Vaccination in Bombay 1856-1862 - 1856-1862
Year: 1856
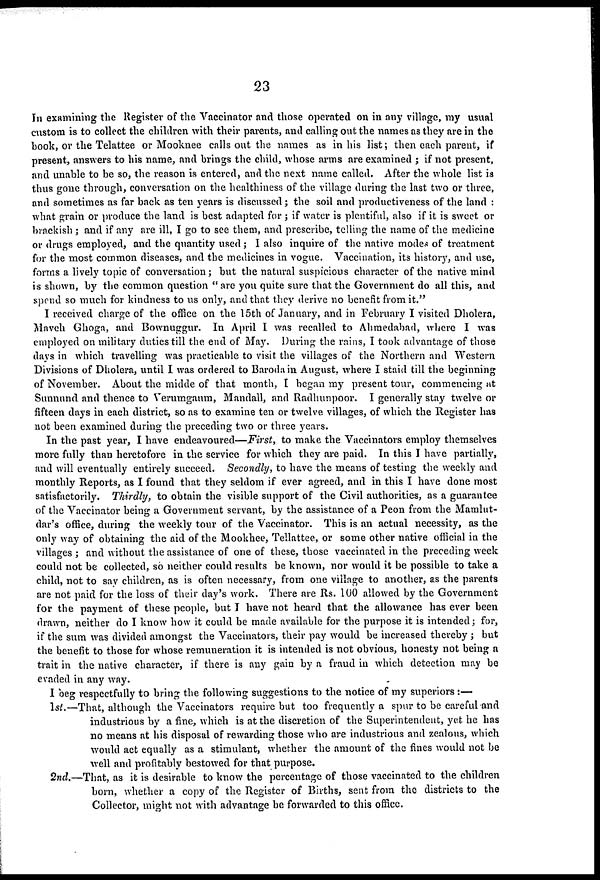
23
In examining the Register of the Vaccinator and those operated on in any village, my usual
custom is to collect the children with their parents, and calling out the names as they are in the
book, or the Telattee or Mooknee calls out the names as in his list; then each parent, if
present, answers to his name, and brings the child, whose arms are examined ; if not present,
and unable to be so, the reason is entered, and the next name called. After the whole list is
thus gone through, conversation on the healthiness of the village during the last two or three,
and sometimes as far back as ten years is discussed; the soil and productiveness of the land :
what grain or produce the land is best adapted for ; if water is plentiful, also if it is sweet or
brackish; and if any are ill, I go to see them, and prescribe, telling the name of the medicine
or drugs employed, and the quantity used; I also inquire of the native modes of treatment
for the most common diseases, and the medicines in vogue. Vaccination, its history, and use,
forms a lively topic of conversation; but the natural suspicious character of the native mind
is shown, by the common question "are you quite sure that the Government do all this, and
spend so much for kindness to us only, and that they derive no benefit from it."
I received charge of the office on the 15th of January, and in February I visited Dholera,
Mavch Ghoga, and Bownuggur. In April I was recalled to Ahmedabad, where I was
employed on military duties till the end of May. During the rains, I took advantage of those
days in which travelling was practicable to visit the villages of the Northern and Western
Divisions of Dholera, until I was ordered to Baroda in August, where I staid till the beginning
of November. About the midde of that month, I began my present tour, commencing at
Sunnund and thence to Verumgaum, Mandall, and Radhunpoor. I generally stay twelve or
fifteen days in each district, so as to examine ten or twelve villages, of which the Register has
not been examined during the preceding two or three years.
In the past year, I have endeavoured—First, to make the Vaccinators employ themselves
more fully than heretofore in the service for which they are paid. In this I have partially,
and will eventually entirely succeed. Secondly, to have the means of testing the weekly and
monthly Reports, as I found that they seldom if ever agreed, and in this I have done most
satisfactorily. Thirdly, to obtain the visible support of the Civil authorities, as a guarantee
of the Vaccinator being a Government servant, by the assistance of a Peon from the Mamlut¬
dar's office, during the weekly tour of the Vaccinator. This is an actual necessity, as the
only way of obtaining the aid of the Mookhee, Tellattee, or some other native official in the
villages ; and without the assistance of one of these, those vaccinated in the preceding week
could not be collected, so neither could results be known, nor would it be possible to take a
child, not to say children, as is often necessary, from one village to another, as the parents
are not paid for the loss of their day's work. There are Rs. 100 allowed by the Government
for the payment of these people, but I have not heard that the allowance has ever been
drawn, neither do I know how it could be made available for the purpose it is intended; for,
if the sum was divided amongst the Vaccinators, their pay would be increased thereby ; but
the benefit to those for whose remuneration it is intended is not obvious, honesty not being a
trait in the native character, if there is any gain by a fraud in which detection may be
evaded in any way.
I beg respectfully to bring the following suggestions to the notice of my superiors :—
1st.—That, although the Vaccinators require but too frequently a spur to be careful and
industrious by a fine, which is at the discretion of the Superintendent, yet he has
no means at his disposal of rewarding those who are industrious and zealous, which
would act equally as a stimulant, whether the amount of the fines would not be
well and profitably bestowed for that purpose.
2nd.—That, as it is desirable to know the percentage of those vaccinated to the children
born, whether a copy of the Register of Births, sent from the districts to the
Collector, might not with advantage be forwarded to this office.